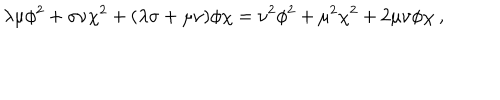
\lambda \mu \phi ^ { 2 } + \sigma \nu \chi ^ { 2 } + ( \lambda \sigma + \mu \nu ) \phi \chi = \nu ^ { 2 } \phi ^ { 2 } + \mu ^ { 2 } \chi ^ { 2 } + 2 \mu \nu \phi \chi ~ ,